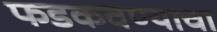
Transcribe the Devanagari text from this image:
फडकवण्याचा